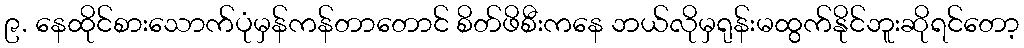
၉. နေထိုင်စားသောက်ပုံမှန်ကန်တာတောင် စိတ်ဖိစီးကနေ ဘယ်လိုမှရုန်းမထွက်နိုင်ဘူးဆိုရင်တော့